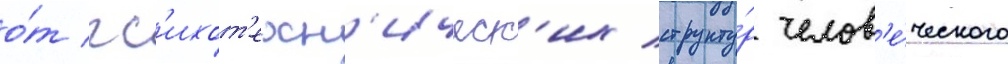
о́т пс'ихот'ехн'ическ'их структу́р челов'е́ческого